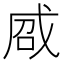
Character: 𢦽